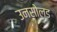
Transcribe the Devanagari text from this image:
उनसोल्ड